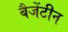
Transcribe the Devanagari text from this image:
बैजेंटीन